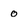
Character: o